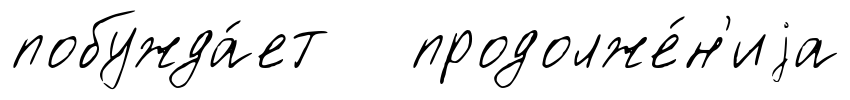
побужда́ет продолже́н'иjа